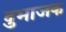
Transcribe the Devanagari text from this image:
दुभाजक